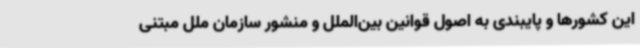
این کشورها و پایبندی به اصول قوانین بین‌الملل و منشور سازمان ملل مبتنی